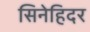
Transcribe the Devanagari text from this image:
सिनेहिदर